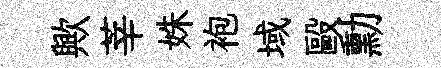
歟莘姝袍域毆勳